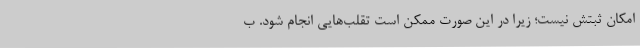
امکان ثبتش نیست؛ زیرا در این صورت ممکن است تقلب‌هایی انجام شود. ب